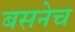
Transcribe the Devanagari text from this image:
बसनेच